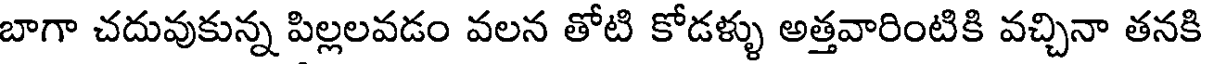
బాగా చదువుకున్న పిల్లలవడం వలన తోటి కోడళ్ళు అత్తవారింటికి వచ్చినా తనకి